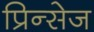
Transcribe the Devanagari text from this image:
प्रिन्सेज